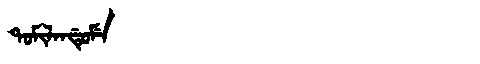
Manchu: ᡨᠣᠮᡳᠯᠠᠨᡩᡠᠮᡝ
Romanization: TOMILANDUME